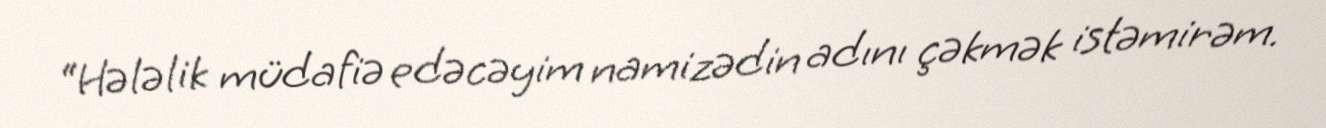
“Hələlik müdafiə edəcəyim namizədin adını çəkmək istəmirəm.